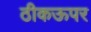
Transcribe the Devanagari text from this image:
ठीकऊपर